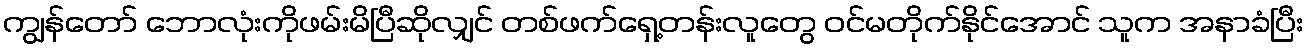
ကျွန်တော် ဘောလုံးကိုဖမ်းမိပြီဆိုလျှင် တစ်ဖက်ရှေ့တန်းလူတွေ ဝင်မတိုက်နိုင်အောင် သူက အနာခံပြီး